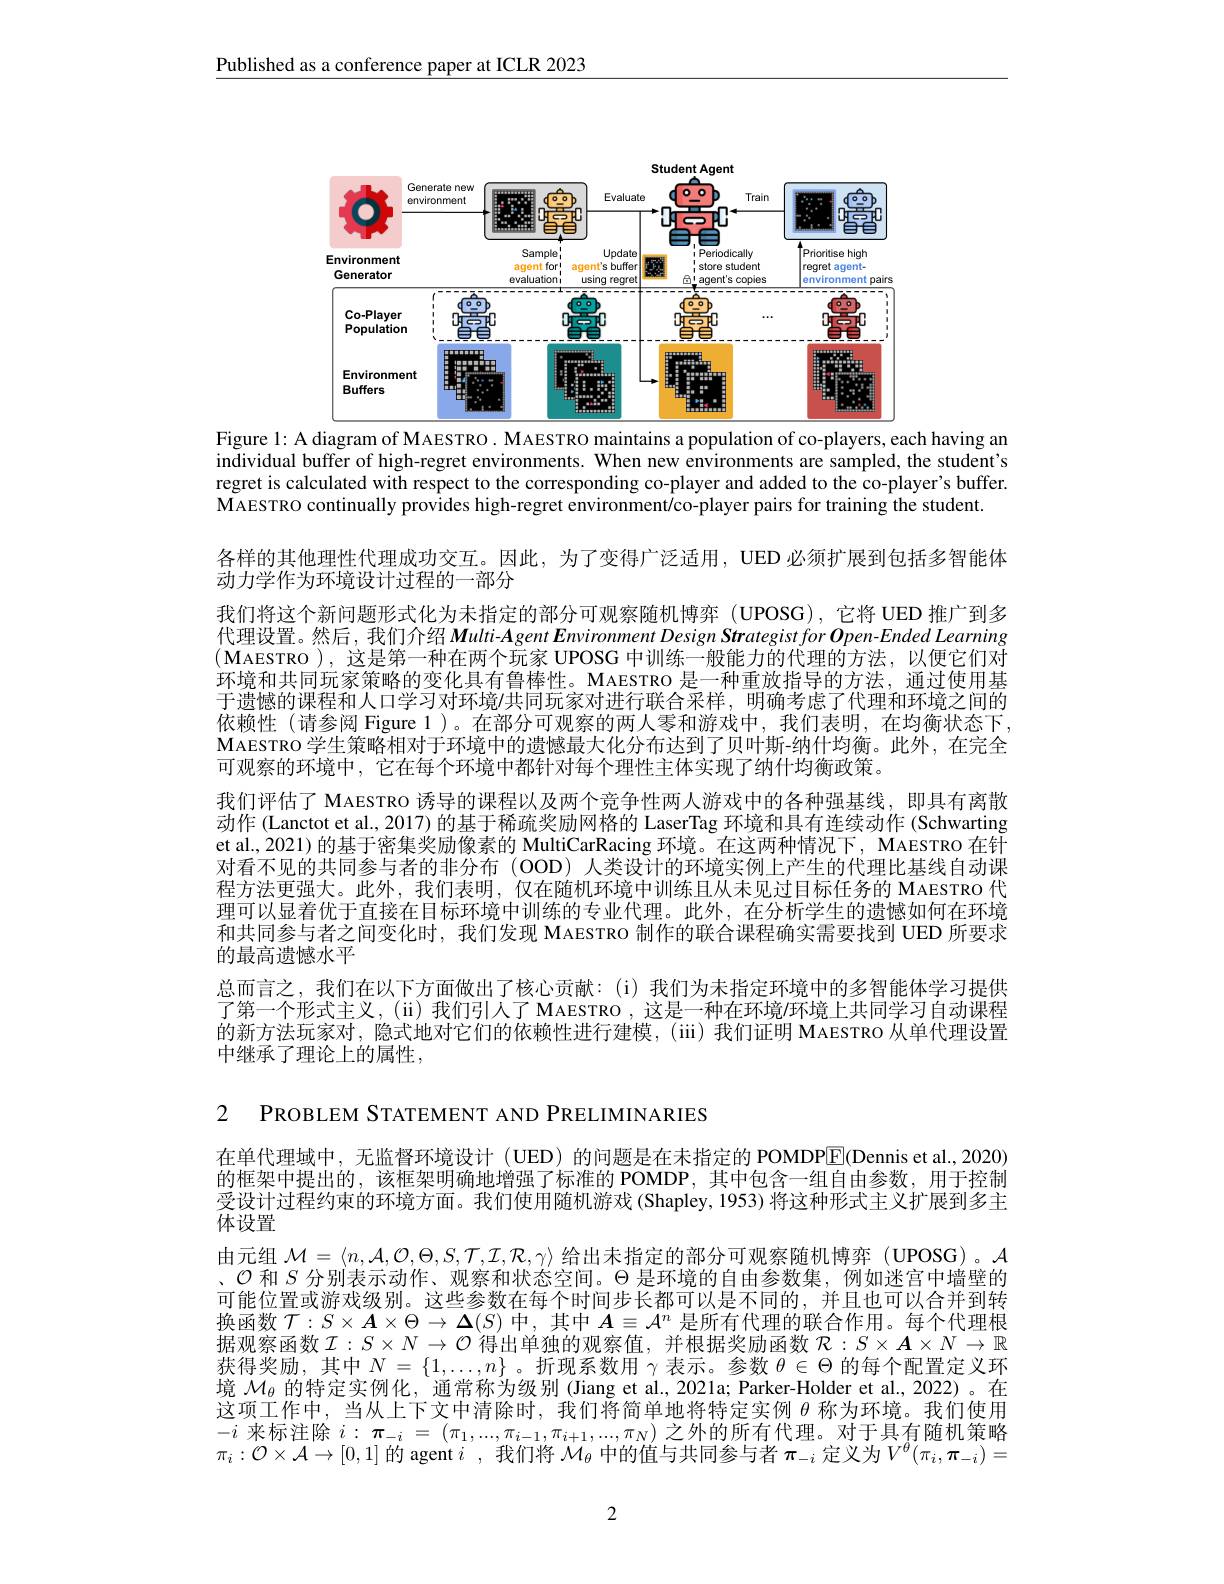
Published as a conference paper at ICLR 2023

<FigureHere>
Figure l: A diagram of MAESTRO. MAESTRO maintains a population of co-players, each having an

individual buffer of high-regret environments. When new environments are sampled, the student's regret is calculated with respect to the corresponding co-player and added to the co-player's buffer. MAESTRO continually provides high-regret environment/co-player pairs for training the student.

各样的其他理性代理成功交互。因此，为了变得广泛适用，UED 必须扩展到包括多智能体
动力学作为环境设计过程的一部分
我们将这个新问题形式化为未指定的部分可观察随机博弈 (UPOSG),它将 UED 推广到多代理设置。然后，我们介绍 Multi-Agent Environment Design Strategist for Open-Ended Learning $(\mathbf{M}$AESTRO ),这是第一种在两个玩家 UPOSG 中训练一般能力的代理的方法，以便它们对环境和共同玩家策略的变化具有鲁棒性。MAESTRO 是一种重放指导的方法，通过使用基于遗憾的课程和人口学习对环境$\prime$共同玩家对进行联合采样，明确考虑了代理和环境之间的依赖性 (请参阅 Figure 1 )。在部分可观察的两人零和游戏中，我们表明，在均衡状态下， MAESTRO 学生策略相对于环境中的遗憾最大化分布达到了贝叶斯-纳什均衡。此外，在完全可观察的环境中，它在每个环境中都针对每个理性主体实现了纳什均衡政策。
我们评估了 MAESTRO 诱导的课程以及两个竞争性两人游戏中的各种强基线，即具有离散动作 (Lanctot et al., 2017) 的基于稀疏奖励网格的 LaserTag 环境和具有连续动作 (Schwarting et al, 2021) 的基于密集奖励像素的 MultiCarRacing 环境。在这两种情况下，MAESTRO 在针对看不见的共同参与者的非分布(OOD)人类设计的环境实例上产生的代理比基线自动课程方法更强大。此外，我们表明，仅在随机环境中训练且从未见过目标任务的 MAESTRO 代理可以显着优于直接在目标环境中训练的专业代理。此外，在分析学生的遗憾如何在环境和共同参与者之间变化时，我们发现 MAESTRO 制作的联合课程确实需要找到 UED 所要求的最高遗憾水平
总而言之，我们在以下方面做出了核心贡献：(i)我们为未指定环境中的多智能体学习提供了第一个形式主义，(ii)我们引人了 MAESTRO ,这是一种在环境/环境上共同学习自动课程的新方法玩家对，隐式地对它们的依赖性进行建模，(iii)我们证明 MAESTRO 从单代理设置中继承了理论上的属性，

2 PROBLEM STATEMENT AND PRELIMINARIES

在单代理域中，无监督环境设计 (UED) 的问题是在未指定的 POMDP$\boxed{\mathrm{F}}$(Dennis et al., 2020) 的框架中提出的，该框架明确地增强了标准的 POMDP,其中包含一组自由参数，用于控制受设计过程约束的环境方面。我们使用随机游戏(Shapley,1953)将这种形式主义扩展到多主体设置
由元组$\mathcal{M}=\langle n,\mathcal{A},\mathcal{O},\Theta,S,\mathcal{T},\mathcal{I},\mathcal{R},\gamma\rangle$给出未指定的部分可观察随机博弈 (UPOSG)。$\mathcal{A}$ 、$\mathcal{O}$和$S$分别表示动作、观察和状态空间。$\Theta$是环境的自由参数集，例如迷宫中墙壁的可能位置或游戏级别。这些参数在每个时间步长都可以是不同的，并且也可以合并到转换函数$\mathcal{T}:S\times\boldsymbol{A}\times\Theta\to\boldsymbol{\Delta}(S)$中，其中$\boldsymbol{A}\equiv\mathcal{A}^n$是所有代理的联合作用。每个代理根据观察函数$\mathcal{I}:S\times N\to\mathcal{O}$ 得出单独的观察值，并根据奖励函数 $\mathcal{R}:S\times\boldsymbol{A}\times N\to\mathbb{R}$ 获得奖励，其中$N=\{1,\ldots,n\}$ 。折现系数用$\gamma$表示。参数$\theta\in\Theta$的每个配置定义环境$\mathcal{M}_\theta$的特定实例化，通常称为级别 (Jiang et al., 2021a; Parker-Holder et al., 2022)。在这项工作中，当从上下文中清除时，我们将简单地将特定实例$\bar\theta$称为环境。我们使用$-i$来标注除$i:\boldsymbol{\pi}_-i=(\pi_1,...,\pi_{i-1},\pi_{i+1},...,\pi_N)$之外的所有代理。对于具有随机策略$\pi_i:\mathcal{O}\times\mathcal{A}\to[0,1]$的 agent $i$ ,我们将$\mathcal{M}_\theta$中的值与共同参与者$\pi_-i$定义为$V^\theta(\pi_i,\boldsymbol{\pi}_-i)=$

2